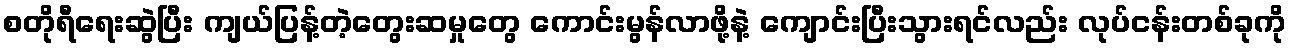
စတိုရီရေးဆွဲပြီး ကျယ်ပြန့်တဲ့တွေးဆမှုတွေ ကောင်းမွန်လာဖို့နဲ့ ကျောင်းပြီးသွားရင်လည်း လုပ်ငန်းတစ်ခုကို